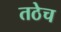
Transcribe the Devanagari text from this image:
तठेच